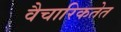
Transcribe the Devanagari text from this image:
वैचारिकतेत